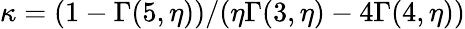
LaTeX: \kappa=(1-\Gamma(5,\eta))/(\eta\Gamma(3,\eta)-4\Gamma(4,\eta))